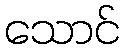
သောင်